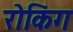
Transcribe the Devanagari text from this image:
रोकिंग